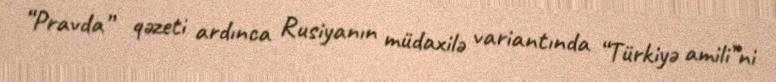
“Pravda” qəzeti ardınca Rusiyanın müdaxilə variantında “Türkiyə amili”ni